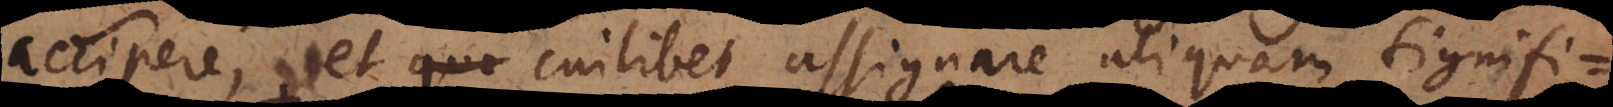
accipere, et cuilibet assignare aliquam signifi